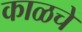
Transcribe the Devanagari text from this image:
काळचें